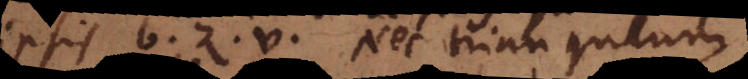
ipsis b, z, v. Nec triangulum